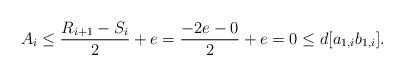
LaTeX: \begin{align*} A_{i}\le \dfrac{R_{i+1}-S_{i}}{2}+e=\dfrac{-2e-0}{2}+e=0\le d[a_{1,i}b_{1,i}]. \end{align*}